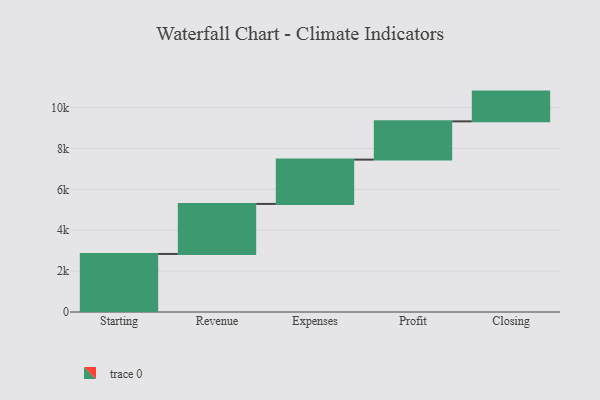
{"axis": {"x": "Step", "y": "Value"}, "legend": [""], "data": [{"x": "Starting", "y": 2840.0, "type": ""}, {"x": "Revenue", "y": 2448.0, "type": ""}, {"x": "Expenses", "y": 2168.0, "type": ""}, {"x": "Profit", "y": 1871.0, "type": ""}, {"x": "Closing", "y": 1456.0, "type": ""}]}